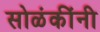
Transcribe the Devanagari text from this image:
सोळंकींनी